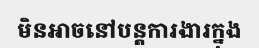
មិនអាចនៅបន្តការងារក្នុង